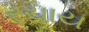
રચાય